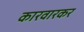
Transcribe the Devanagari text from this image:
कारवारकर